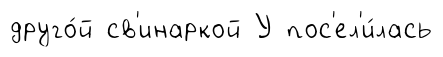
друго́й св'инаркой У пос'ел'и́лась